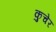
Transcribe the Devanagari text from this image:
कुचेर